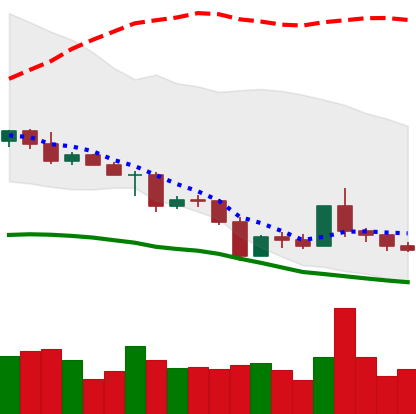
Ticker: ETC-USD
Chart end date: 2022-05-08
Forward return: -22.517%
Label: down_7plus